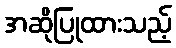
အဆိုပြုထားသည့်